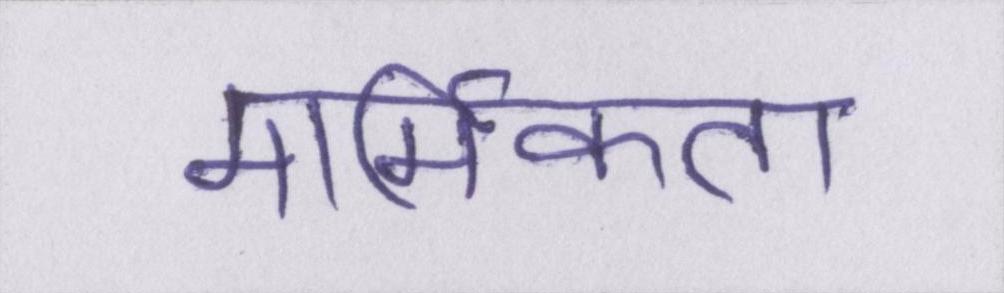
मार्मिकता